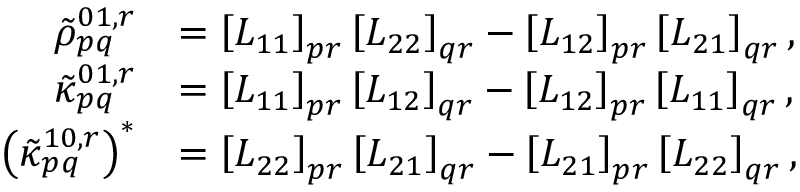
\begin{array} { r l } { \tilde { \rho } _ { p q } ^ { 0 1 , r } } & { = \left[ L _ { 1 1 } \right] _ { p r } \left[ L _ { 2 2 } \right] _ { q r } - \left[ L _ { 1 2 } \right] _ { p r } \left[ L _ { 2 1 } \right] _ { q r } , } \\ { \tilde { \kappa } _ { p q } ^ { 0 1 , r } } & { = \left[ L _ { 1 1 } \right] _ { p r } \left[ L _ { 1 2 } \right] _ { q r } - \left[ L _ { 1 2 } \right] _ { p r } \left[ L _ { 1 1 } \right] _ { q r } , } \\ { \left( \tilde { \kappa } _ { p q } ^ { 1 0 , r } \right) ^ { * } } & { = \left[ L _ { 2 2 } \right] _ { p r } \left[ L _ { 2 1 } \right] _ { q r } - \left[ L _ { 2 1 } \right] _ { p r } \left[ L _ { 2 2 } \right] _ { q r } , } \end{array}